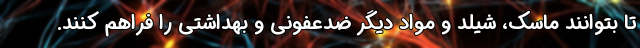
تا بتوانند ماسک، شیلد و مواد دیگر ضدعفونی و بهداشتی را فراهم کنند.